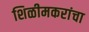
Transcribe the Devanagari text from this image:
शिळीमकरांचा